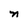
Character: n